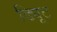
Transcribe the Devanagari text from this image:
ड्यिूट